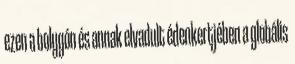
ezen a bolygón és annak elvadult édenkertjében a globális